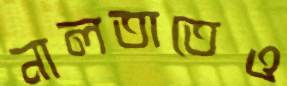
নালতাতেও